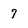
Character: 7